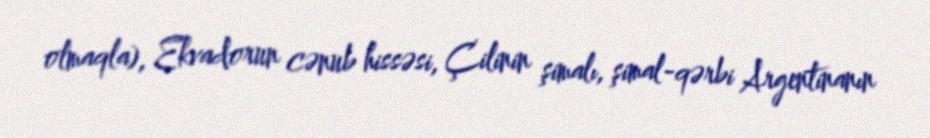
olmaqla), Ekvadorun cənub hissəsi, Çilinin şimalı, şimal-qərbi Argentinanın